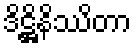
ဒိဋ္ဌိနိဿိတာ